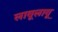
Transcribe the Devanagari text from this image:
लावूलावू